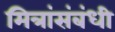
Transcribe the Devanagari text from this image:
मित्रांसंबंधी